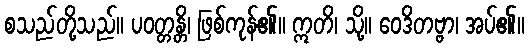
စသည်တို့သည်။ ပဝတ္တန္တိ၊ ဖြစ်ကုန်၏။ ဣတိ၊ သို့။ ဝေဒိတဗ္ဗာ၊ အပ်၏။